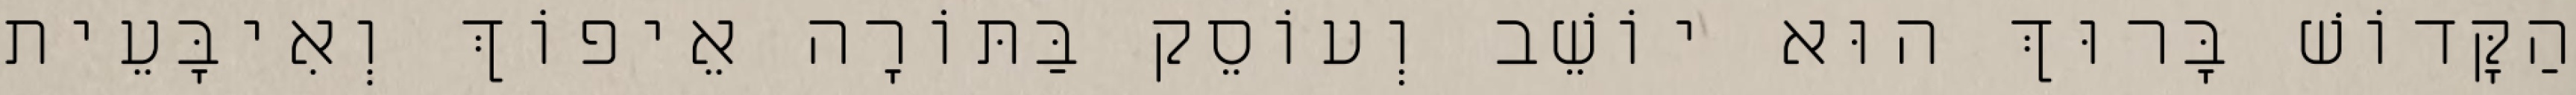
הַקָּדוֹשׁ בָּרוּךְ הוּא יוֹשֵׁב וְעוֹסֵק בַּתּוֹרָה אֵיפוֹךְ וְאִיבָּעֵית